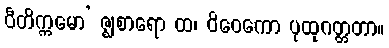
ဝီတိက္ကမော’ ဇ္ဈစာရော ထ၊ ဝိဝေကော ပုထုဂတ္တတာ။